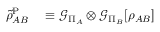
\begin{array} { r l } { \tilde { \rho } _ { A B } ^ { \mathrm { P } } } & { { } \equiv \mathcal { G } _ { \Pi _ { A } } \otimes \mathcal { G } _ { \Pi _ { B } } [ \rho _ { A B } ] } \end{array}